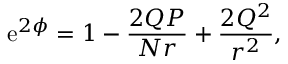
\mathrm { e } ^ { 2 \phi } = 1 - \frac { 2 Q P } { N r } + \frac { 2 Q ^ { 2 } } { r ^ { 2 } } ,